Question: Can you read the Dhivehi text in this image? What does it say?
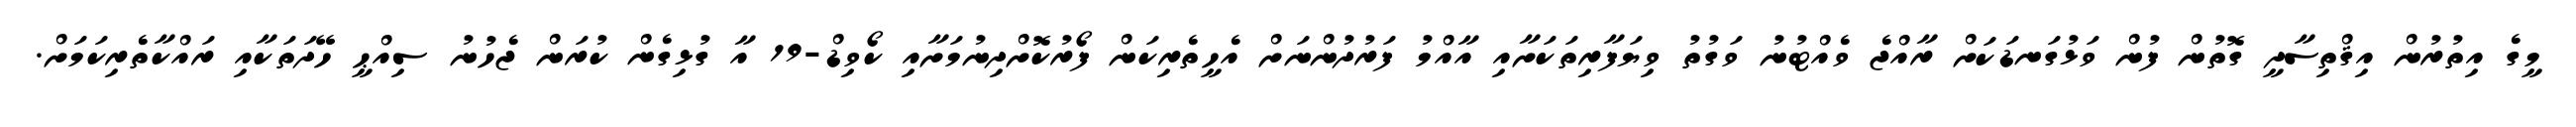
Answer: މީގެ އިތުރުން އިޤްތިސާދީ ގޮތުން ފުން ވަޅުގަނޑަކަށް ރާއްޖެ ވެއްޓުނު ވަގުތު ވިޔަފާރިތަކަށާއި އާއްމު ފަރުދުންނަށް އެހީތެރިކަން ފޯރުކޮށްދިނުމަށާއި ކޯވިޑް-19 އާ ގުޅިގެން ކުރަން ޖެހުނު ސިއްޙީ ހޭދަތަކާއި ރައްކާތެރިކަމަށް.